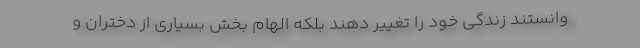
وانستند زندگی خود را تغییر دهند بلکه الهام بخش بسیاری از دختران و